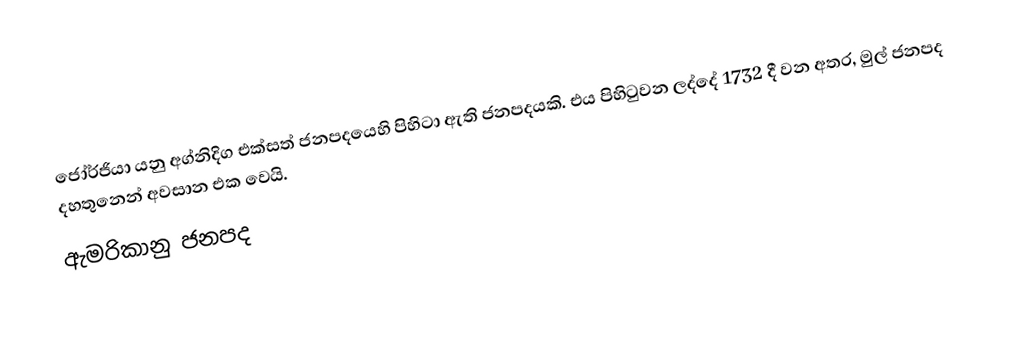
ජෝර්ජියා  යනු අග්නිදිග එක්සත් ජනපදයෙහි පිහිටා ඇති ජනපදයකි. එය පිහිටුවන ලද්දේ 1732 දී වන අතර, මුල් ජනපද දහතුනෙන් අවසාන එක වෙයි.
ඇමරිකානු ජනපද